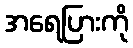
အရေပြားကို